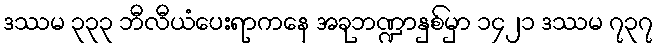
ဒဿမ ၃၃၃ ဘီလီယံပေးရာကနေ အခုဘဏ္ဍာနှစ်မှာ ၁၄၂၁ ဒဿမ ၇၃၇